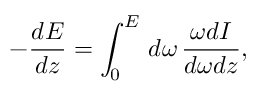
- \frac { d E } { d z } = \int _ { 0 } ^ { E } \, d \omega \, \frac { \omega d I } { d \omega d z } ,